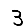
Digit: 3